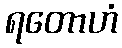
ရတောဟံ